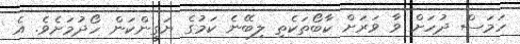
ހަަމަސް ދުހަށް ވާ ވަރަށް ކާބޯތަކެތި ލިބޭނެ ކަމުގެ ޔަގީންކަން ހޯދުމަށެވެ. އެ